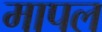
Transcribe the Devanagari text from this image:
मापल